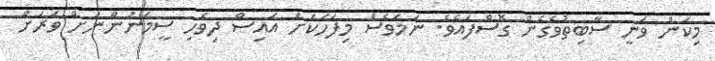
މިކަން ވަނީ ސާބިތުވެގެން ގޮސްފައެވެ. ނަމަވެސް މިފަހަކަށް އައިސް ދިވެހި ސީމަނުންނަށް ވަރަށް